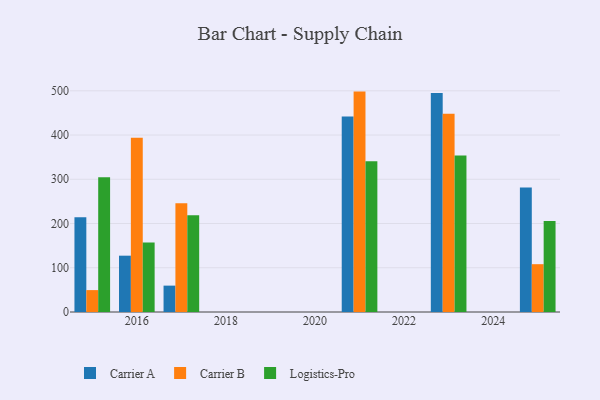
{"axis": {"x": "Year", "y": "Energy Usage (MWh)"}, "legend": ["Carrier A", "Carrier B", "Logistics-Pro"], "data": [{"x": "2016", "y": 127.3, "type": "Carrier A"}, {"x": "2016", "y": 393.6, "type": "Carrier B"}, {"x": "2016", "y": 157.3, "type": "Logistics-Pro"}, {"x": "2015", "y": 213.9, "type": "Carrier A"}, {"x": "2015", "y": 49.5, "type": "Carrier B"}, {"x": "2015", "y": 304.8, "type": "Logistics-Pro"}, {"x": "2021", "y": 442.0, "type": "Carrier A"}, {"x": "2021", "y": 498.2, "type": "Carrier B"}, {"x": "2021", "y": 340.5, "type": "Logistics-Pro"}, {"x": "2017", "y": 59.6, "type": "Carrier A"}, {"x": "2017", "y": 245.7, "type": "Carrier B"}, {"x": "2017", "y": 218.7, "type": "Logistics-Pro"}, {"x": "2025", "y": 281.3, "type": "Carrier A"}, {"x": "2025", "y": 108.1, "type": "Carrier B"}, {"x": "2025", "y": 205.8, "type": "Logistics-Pro"}, {"x": "2023", "y": 495.3, "type": "Carrier A"}, {"x": "2023", "y": 448.4, "type": "Carrier B"}, {"x": "2023", "y": 353.6, "type": "Logistics-Pro"}]}